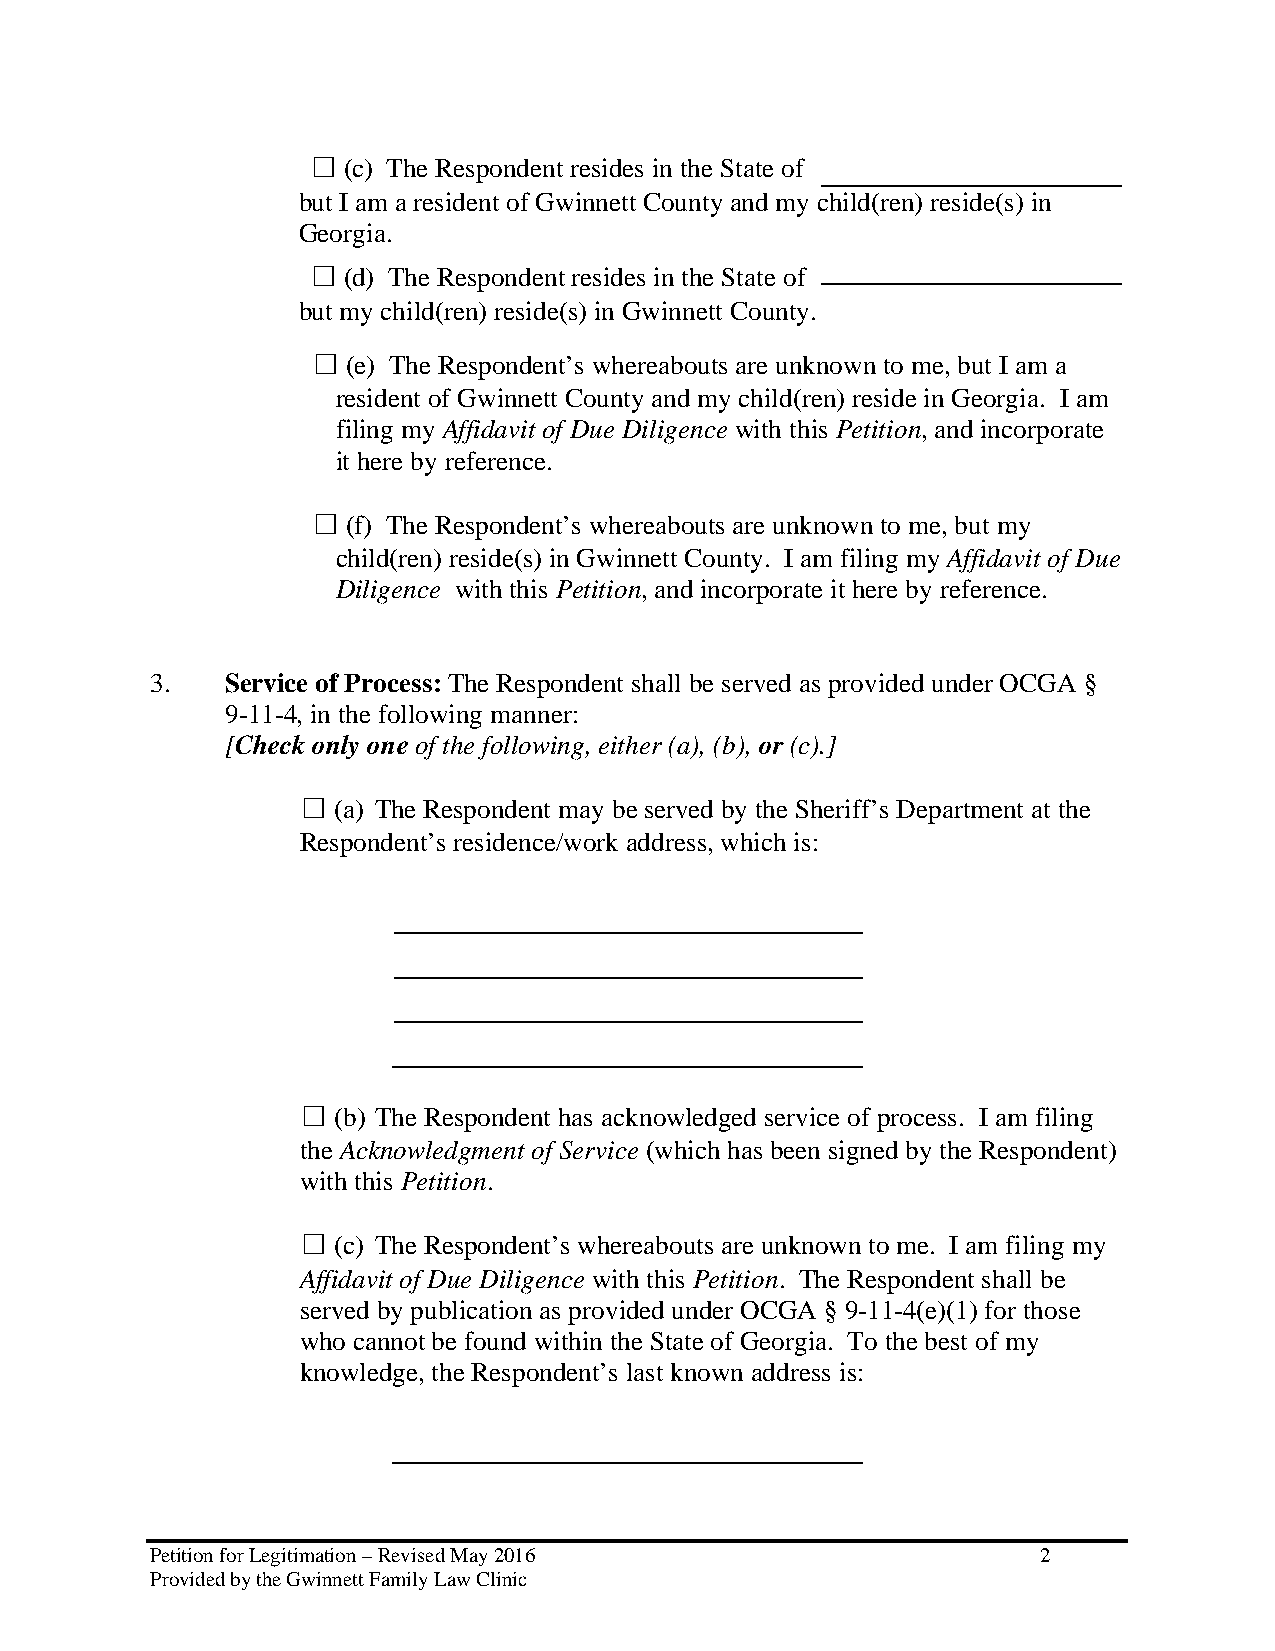
☐ (c) The Respondent resides in the State of
 but I am a resident of Gwinnett County and my child(ren) reside(s) in
 Georgia.
 ☐ (d) The Respondent resides in the State of
 but my child(ren) reside(s) in Gwinnett County.
 ☐ (e) The Respondent’s whereabouts are unknown to me, but I am a
 resident of Gwinnett County and my child(ren) reside in Georgia. I am
 filing my Affidavit of Due Diligence with this Petition, and incorporate
 it here by reference.
 ☐ (f) The Respondent’s whereabouts are unknown to me, but my
 child(ren) reside(s) in Gwinnett County. I am filing my Affidavit of Due
 Diligence with this Petition, and incorporate it here by reference.
 3.   Service of Process: The Respondent shall be served as provided under OCGA §
 9-11-4, in the following manner:
 [Check only one of the following, either (a), (b), or (c).]
 ☐ (a) The Respondent may be served by the Sheriff’s Department at the
 Respondent’s residence/work address, which is:
 ☐ (b) The Respondent has acknowledged service of process. I am filing
 the Acknowledgment of Service (which has been signed by the Respondent)
 with this Petition.
 ☐ (c) The Respondent’s whereabouts are unknown to me. I am filing my
 Affidavit of Due Diligence with this Petition. The Respondent shall be
 served by publication as provided under OCGA § 9-11-4(e)(1) for those
 who cannot be found within the State of Georgia. To the best of my
 knowledge, the Respondent’s last known address is:
 Petition for Legitimation – Revised May 2016               2
 Provided by the Gwinnett Family Law Clinic